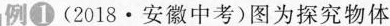
例1 (2018·安徽中考)图为探究物体